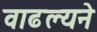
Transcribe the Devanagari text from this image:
वाढल्यने